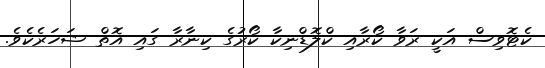
ކެޓޮވިސް އަކީ ރަވާ ކޯރާއި ކްލޮޑްނިކާ ކޯރުގެ ކިނާރާ ގައި އޮތް ޝަހަރެކެވެ.